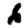
Digit: 6